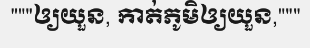
"""ឲ្យយួន, កាត់ភូមិឲ្យយួន,"""